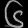
Digit: ၆